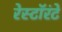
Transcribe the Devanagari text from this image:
रेस्टॉरंटे